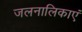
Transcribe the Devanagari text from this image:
जलनालिकाएं